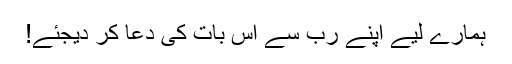
ہمارے لیے اپنے رب سے اس بات کی دعا کر دیجئے!